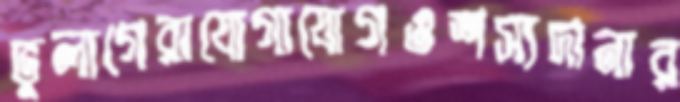
ভুলাগেরাযোগাযোগওশস্যদানার